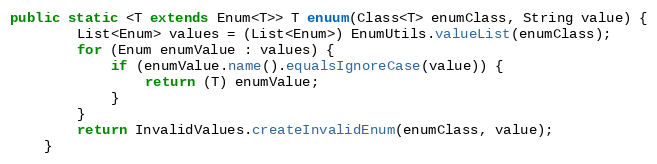
Language: Java
public static <T extends Enum<T>> T enuum(Class<T> enumClass, String value) {
		List<Enum> values = (List<Enum>) EnumUtils.valueList(enumClass);
		for (Enum enumValue : values) {
			if (enumValue.name().equalsIgnoreCase(value)) {
				return (T) enumValue;
			}
		}
		return InvalidValues.createInvalidEnum(enumClass, value);
	}